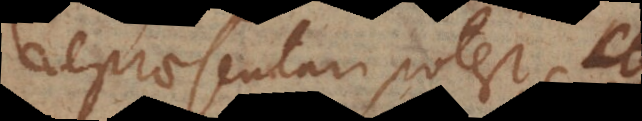
repraesentari potest AB